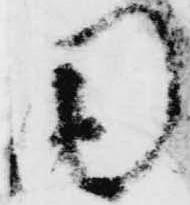
内